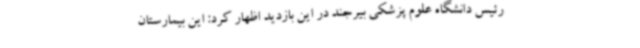
رئیس دانشگاه علوم پزشکی بیرجند در این بازدید اظهار کرد: این بیمارستان